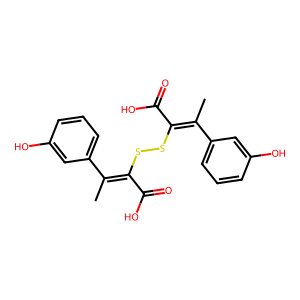
SMILES: CC(=C(SSC(C(=O)O)=C(C)c1cccc(O)c1)C(=O)O)c1cccc(O)c1
Inhibits HIV replication: No